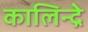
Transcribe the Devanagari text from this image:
कालिन्द्रे